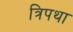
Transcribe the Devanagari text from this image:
त्रिपथा